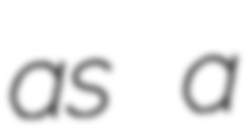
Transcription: as a